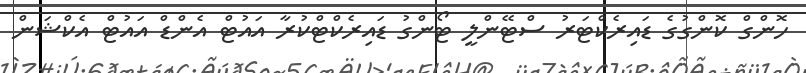
ހޮންގް ކޮންގުގެ ޑައިރެކްޓަރު ސްޓޭންލީ ޓޯންގު ޑައިރެކްޓްކުރާ އައުޓް އެންޑް އައުޓް އެކްޝަން